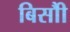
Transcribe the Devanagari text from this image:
बिसौी